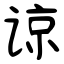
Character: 谅